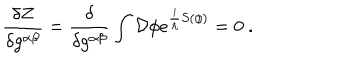
LaTeX: \frac { \delta Z } { \delta g ^ { \alpha \beta } } = \frac { \delta } { \delta g ^ { \alpha \beta } } \int { \cal D } \phi e ^ { \frac { i } { \hbar } S ( \phi ) } = 0 \ .